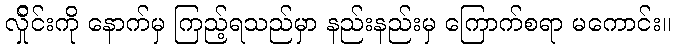
လ်ှိုင်းကို နောက်မှ ကြည့်ရသည်မှာ နည်းနည်းမှ ကြောက်စရာ မကောင်း။